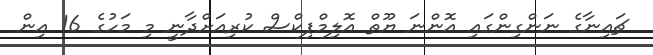
ޗައިނާގެ ނަންގިންގައި އޮންނަ ޔޫތް އޮލިމްޕިކްސް ކުރިއަށްދާނީ މި މަހުގެ 16 އިން